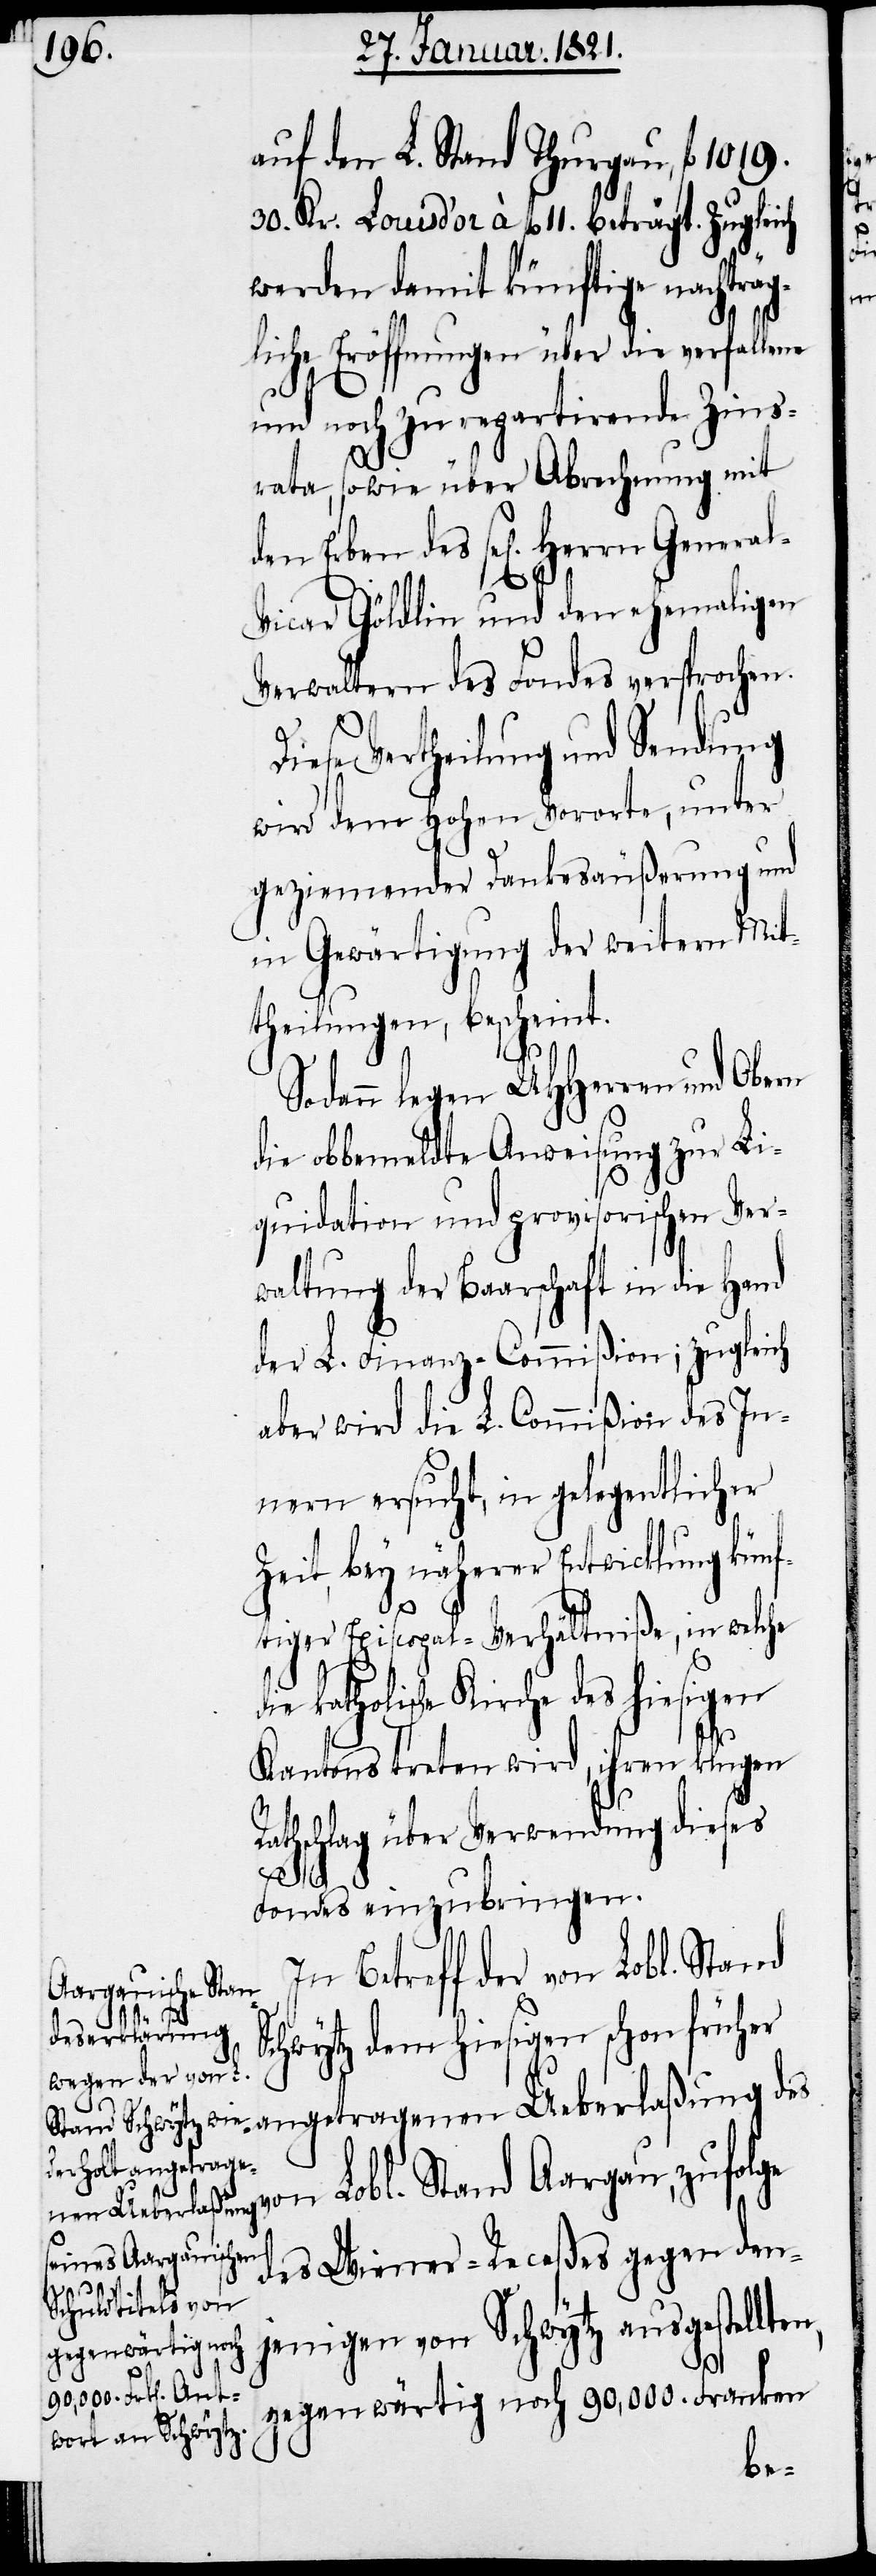
auf den L. Stand Thurgau, fl.
Kr. Louis d’or à fl. 11. beträgt. Zugleich
werden damit künftige nachträ¬
gliche Eröffnungen über die verfallene
und noch zu repartirende Zins¬
rata, sowie über Abrechnung mit
icar Göldlin und den ehemaligen
Verwaltern des Fondes versprochen.
Vertheilung und Sendung
wird dem Hohen Vororte, unter
geziemender Dankesäußerung und
in Gewärtigung der weitern Mit¬
theilungen, bescheint.
Sodann legen UHHerren und Obern
die obbemeldte Anweisung zu Li¬
quidation und provisorischen Ver¬
waltung der Baarschaft in die Hand
der L. Finanz-Commißion; zugleich
aber wird die L. Commißion des In¬
nern ersucht, in gelegentlicher
Zeit, bey näherer Entwicklung künf¬
n,
tiger Episcopal-Verhältniße, in welche
olische Kirche des hiesigen
Kantons treten wird, ihren klugen
Rathschlag über Verwendung dieses
angetrage¬
Fondes einzubringen.
In Betreff der von Lobl. Stand
kath¬
die
Schwytz dem hiesigen schon früher
on Lobl. Stand Aargau, zufolge
nen Ueberlaßung
des Wiener-Receßes gegen den¬
jenigen von Schwytz ausgestellte¬
gegenwärtig noch 90,000. Franken